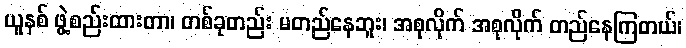
ယူနစ် ဖွဲ့စည်းထားတာ၊ တစ်ခုတည်း မတည်နေဘူး၊ အစုလိုက် အစုလိုက် တည်နေကြတယ်၊